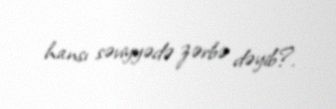
hansı səviyyədə zərbə dəyib?.